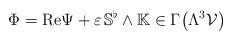
LaTeX: \begin{gather*}\Phi=\mathrm{Re} \Psi+\varepsilon\, \mathbb{S}^{\flat}\wedge\mathbb{K}\in\Gamma\big(\Lambda^3\mathcal{V}\big)\end{gather*}